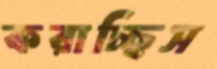
করাচ্ছিস